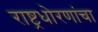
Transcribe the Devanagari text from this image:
राष्ट्रधोरणांचा